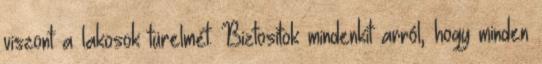
viszont a lakosok türelmét. Biztosítok mindenkit arról, hogy minden